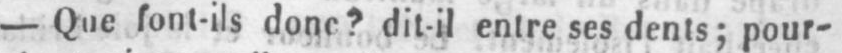
- Que font-ils donc? dit-il entre ses dents; pour-